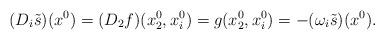
LaTeX: \begin{align*}(D_i{\tilde s})(x^0) = (D_2f)(x^0_2,x^0_i) = g(x^0_2,x^0_i) = - (\omega_i\tilde s)(x^0).\end{align*}